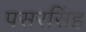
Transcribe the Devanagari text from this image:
पसरसिंह